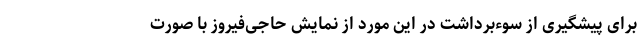
برای پیشگیری از سوءبرداشت در این مورد از نمایش حاجی‌فیروز با صورت